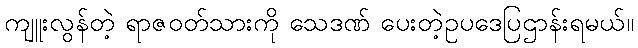
ကျူးလွန်တဲ့ ရာဇဝတ်သားကို သေဒဏ် ပေးတဲ့ဥပဒေပြဌာန်းရမယ်။